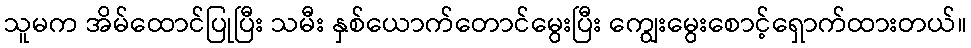
သူမက အိမ်ထောင်ပြုပြီး သမီး နှစ်ယောက်တောင်မွေးပြီး ကျွေးမွေးစောင့်ရှောက်ထားတယ်။